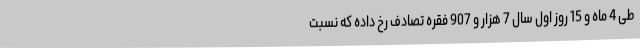
طی 4 ماه و 15 روز اول سال 7 هزار و 907 فقره تصادف رخ داده که نسبت